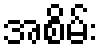
အစိမ်း